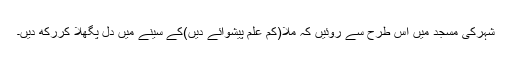
شہرکی مسجد میں اس طرح سے روئیں کہ مُلا(کم علم پیشوائے دیں)کے سینے میں دل پگھلا کررکھ دیں۔